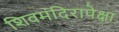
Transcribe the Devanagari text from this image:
शिवमंदिरापेक्षा